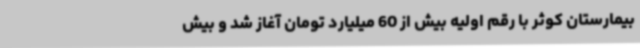
بیمارستان کوثر با رقم اولیه بیش از 60 میلیارد تومان آغاز شد و بیش